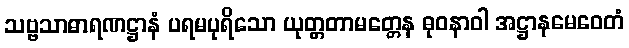
သဗ္ဗသာဓာရဏဋ္ဌာနံ ပရမပုရိသော ယုတ္တတာမတ္တေန ဓုဝနာဝါ အဋ္ဌာနမေဝေတံ